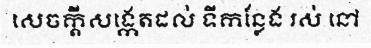
សេចក្តីសង្កេតដល់ ទីកន្លែង រស់ នៅ